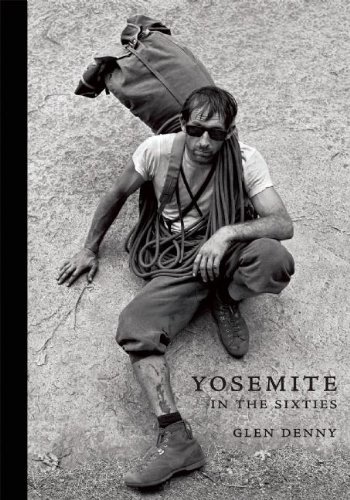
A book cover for Yosemite In the Sixties; Glenn Denny; Arts & Photography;